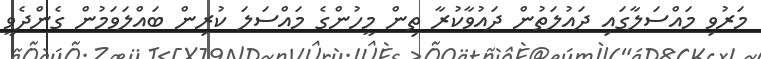
މަރުވި މައްސަލާގައި ދައުލަތުން ދައުވާކުރާ ތިން މީހުންގެ މައްސަލަ ކުރިން ބައްލަވަމުން ގެންދެވީ